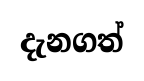
දැනගත්